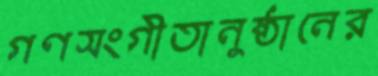
গণসংগীতানুষ্ঠানের